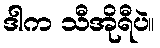
ဒါက သီအိုရီပဲ။